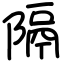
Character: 隔